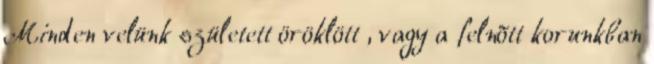
Minden velünk született öröklött , vagy a felnõtt korunkban